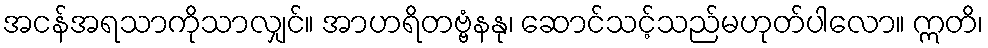
အငန်အရသာကိုသာလျှင်။ အာဟရိတဗ္ဗံနနု၊ ဆောင်သင့်သည်မဟုတ်ပါလော။ ဣတိ၊